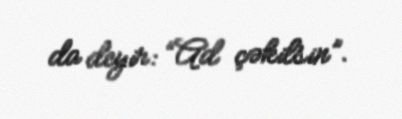
da deyir: “Ad çəkilsin”.